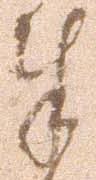
奉